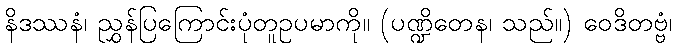
နိဒဿနံ၊ ညွှန်ပြကြောင်းပုံတူဥပမာကို။ (ပဏ္ဍိတေန၊ သည်။) ဝေဒိတဗ္ဗံ၊